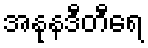
အနုနဒီတီရေ